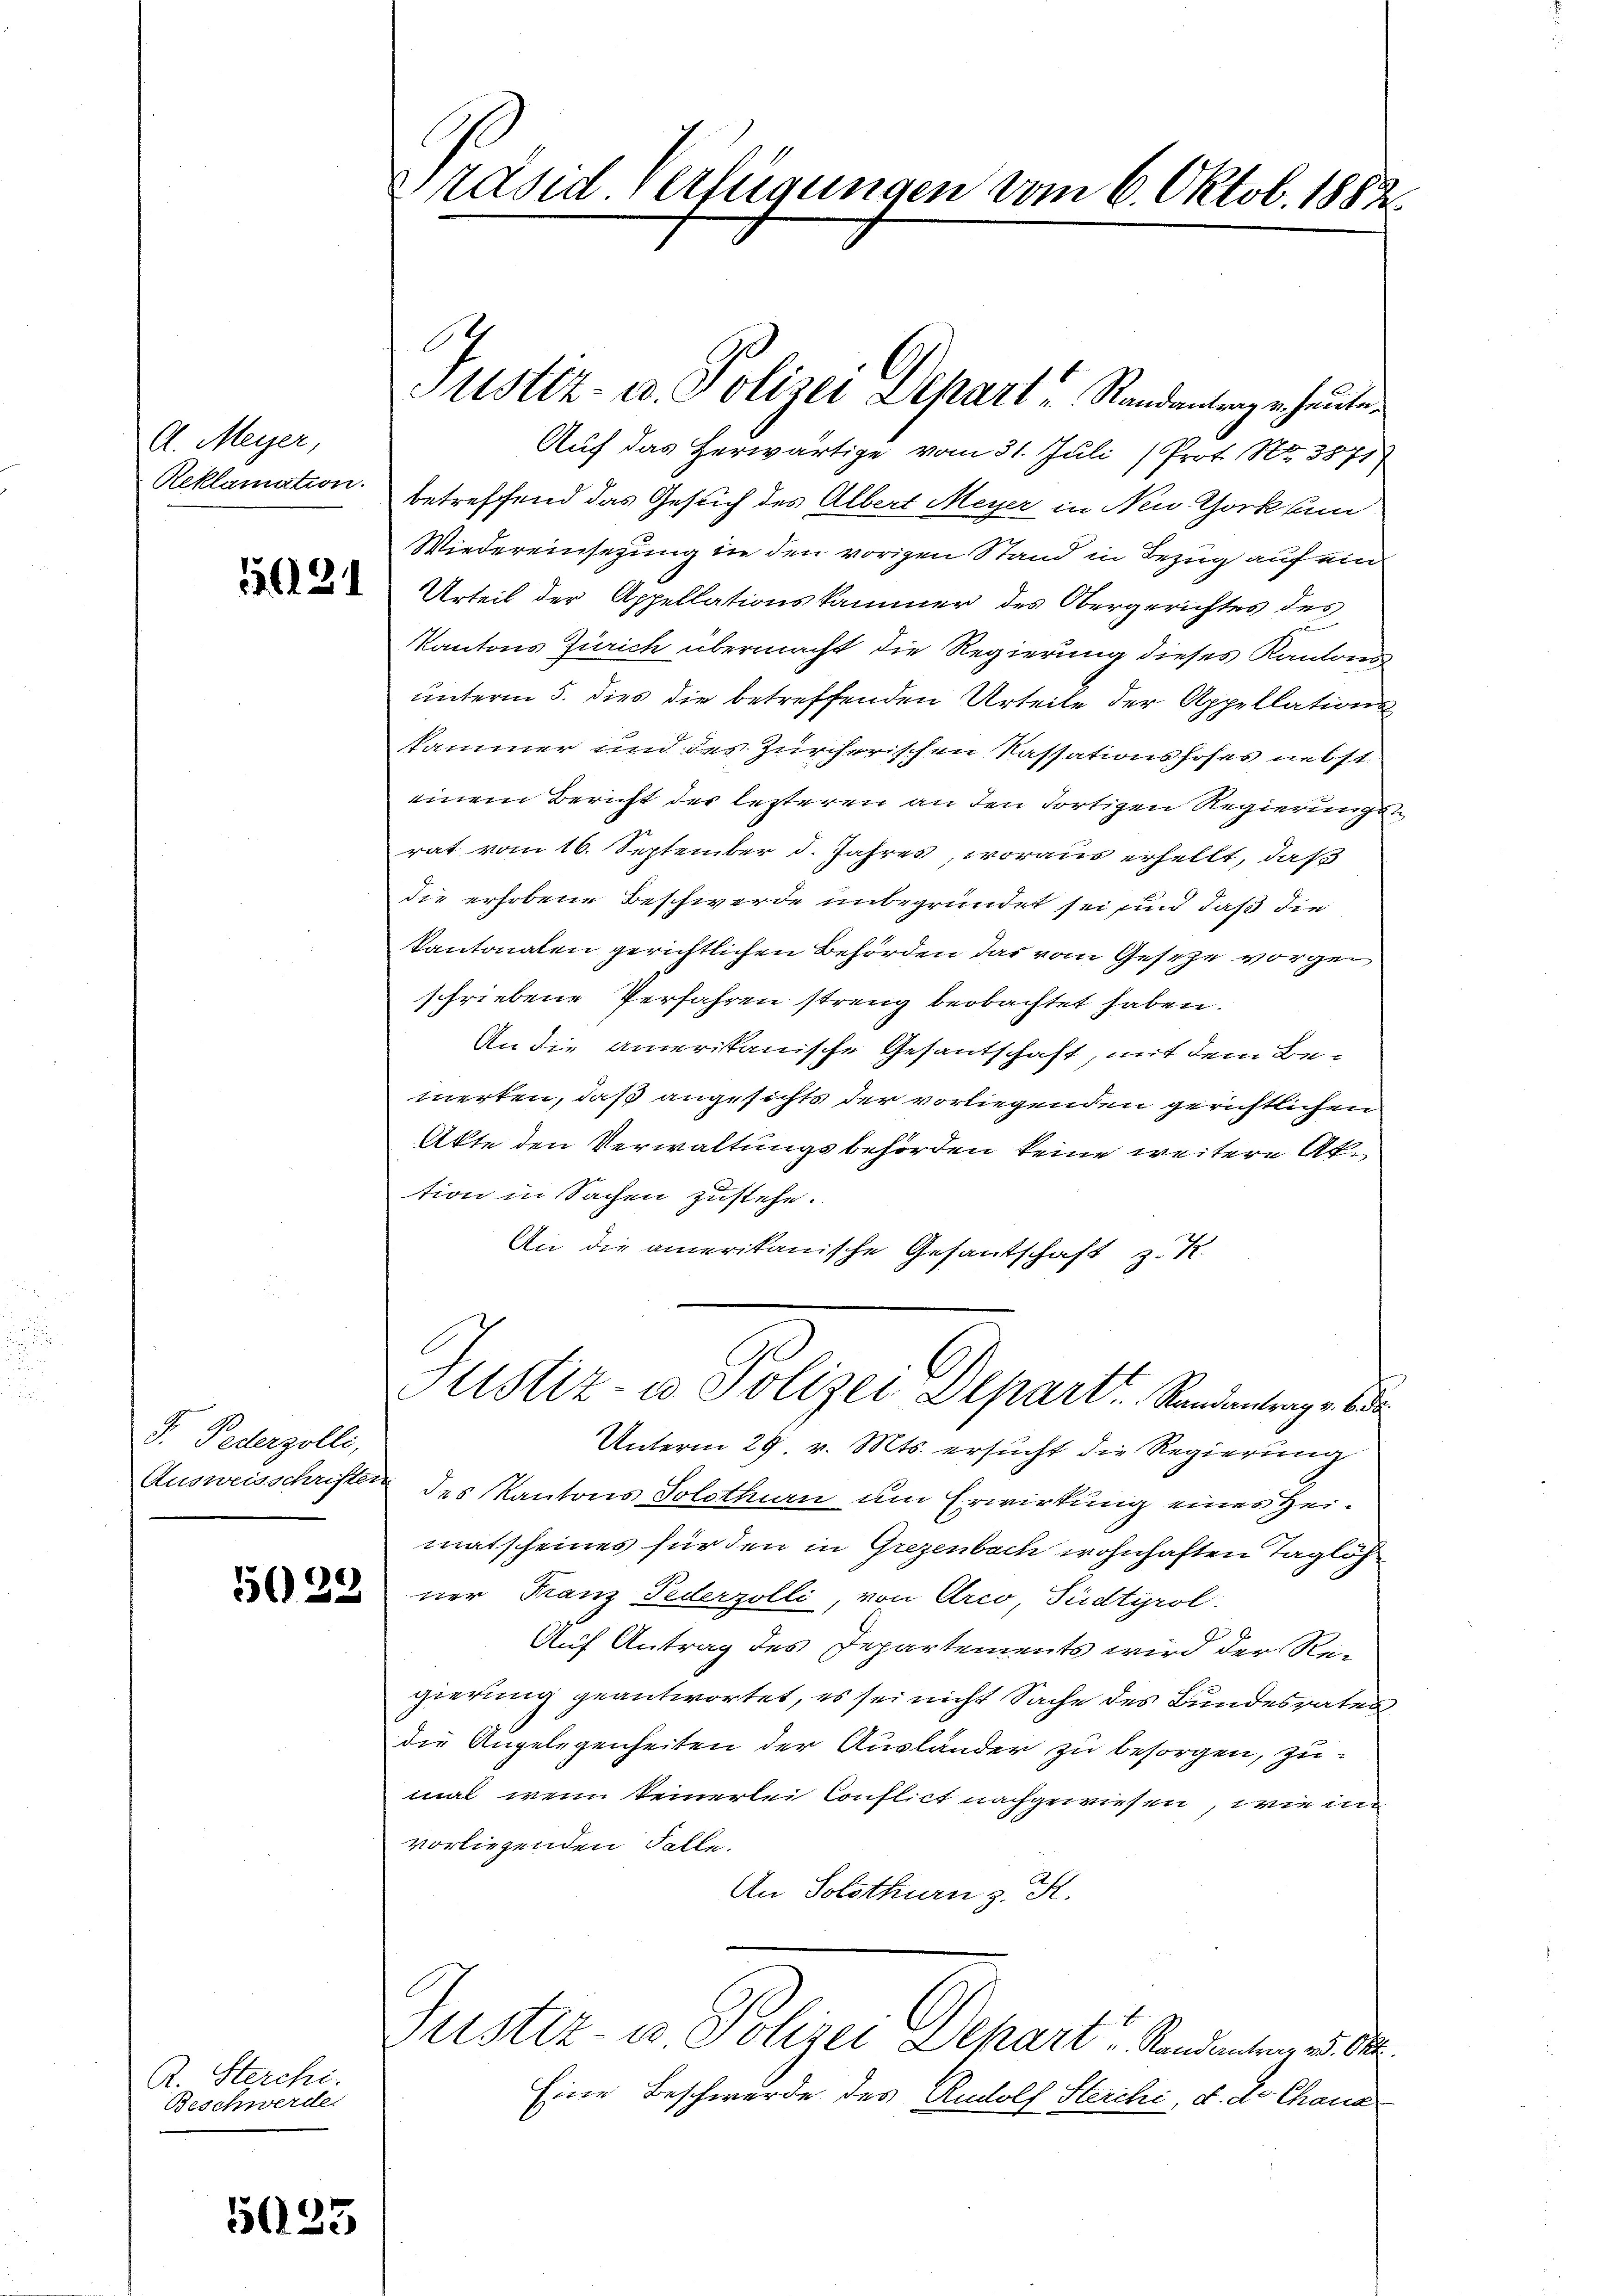
A. Meyer,
Reklamation.

1121

F. Pederzolli,

R. Sterchi.
Beschwerde.

633

Präsid verfügungen vom 6. Oktob. 1882.

Auf das Herwärtige vom 31. Juli (Prot. Nr. 3871
betreffend das Gesuch des Albert Meyer in Neu Gorkhum
Wiedereinsetzung in den vorigen Stand in Bezug auf ein
Urteil der Appellationskammer des Obergerichtes des
Kantons Zürich übermacht die Regierung dieses Kantons
unterm 5. dies die betreffenden Urteile der Appellations
kammer und des Zürcherischen Kassationshofes nebst
einem Bericht der lezteren an den dortigen Regierungsrat vom 16. September d. Jahres, woraus erhellt, daß
die erhobene Beschwerde unbegründet sei sind daß die
Kantonalen gerichtlichen Behörden das vom Gesetze vorgeschriebene Verfahren streng beobachtet haben.
An die amerikanische Gesantschaft, mit dem Bemerken, daß angesichts der vorliegenden gerichtlichen
Akte den Verwaltungsbehörden keine weitere Aktion in Sachen zustehe.
An die amerikanische Gesantschaft zu
Justiz- u Polizei Departe Standentrage de
Unterm 29. v. Mts. ersucht die Regierung
Ausweisschriften des Kantons Solothurn um Erwirkung eines Heimatscheines für den in Grezenbach wohnhaften Taglöh
 ner Franz Pederzolli, von Arco, Südtyrol.
Auf Antrag des Departements wird der Regierung geantwortet, es sei nicht Sache des Bundesrates
die Angelegenheiten der Ausländer zu besorgen, zumal, wenn keinerlei Conflict nachgewiesen, wie im
vorliegenden Folle.
An Solothurn z. R.
Justiz- u Polizei Dehart u Standentrag v. M.
Eine Beschwerde des Rudolf Sterchi, d. d. Chana

Justiz- u. Polizei Depart Randantrage heute.